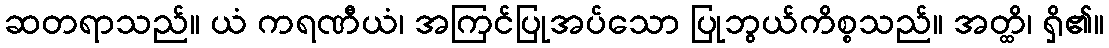
ဆတရာသည်။ ယံ ကရဏီယံ၊ အကြင်ပြုအပ်သော ပြုဘွယ်ကိစ္စသည်။ အတ္ထိ၊ ရှိ၏။